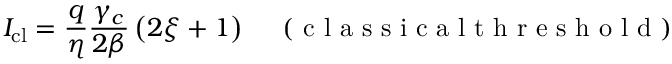
I _ { \mathrm { c l } } = \frac { q } { \eta } \frac { \gamma _ { c } } { 2 \beta } \left( 2 \xi + 1 \right) \quad \mathrm { ~ ( ~ c ~ l ~ a ~ s ~ s ~ i ~ c ~ a ~ l ~ t ~ h ~ r ~ e ~ s ~ h ~ o ~ l ~ d ~ ) ~ }